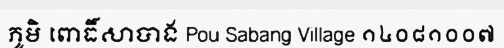
ភូមិ ពោធិ៍សាបាង Pou Sabang Village ១៤០៨១០០៧